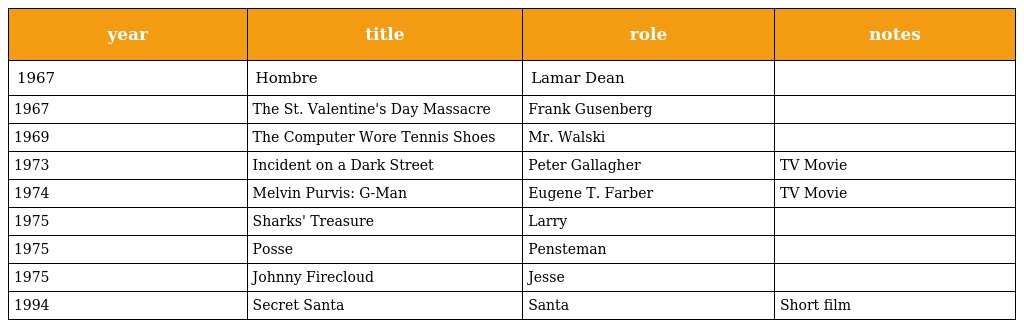
| year | title | role | notes |
 | --- | --- | --- | --- |
 | 1967 | Hombre | Lamar Dean |  |
 | 1967 | The St. Valentine's Day Massacre | Frank Gusenberg |  |
 | 1969 | The Computer Wore Tennis Shoes | Mr. Walski |  |
 | 1973 | Incident on a Dark Street | Peter Gallagher | TV Movie |
 | 1974 | Melvin Purvis: G-Man | Eugene T. Farber | TV Movie |
 | 1975 | Sharks' Treasure | Larry |  |
 | 1975 | Posse | Pensteman |  |
 | 1975 | Johnny Firecloud | Jesse |  |
 | 1994 | Secret Santa | Santa | Short film |